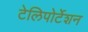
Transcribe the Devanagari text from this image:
टेलिपोर्टेशन